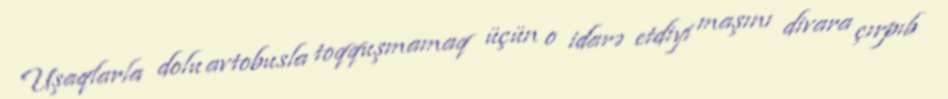
Uşaqlarla dolu avtobusla toqquşmamaq üçün o idarə etdiyi maşını divara çırpıb